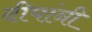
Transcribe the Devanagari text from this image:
दीपांनी